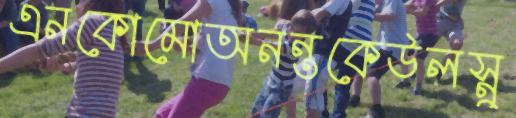
এনকোমোঅনন্তকেউলস্নু